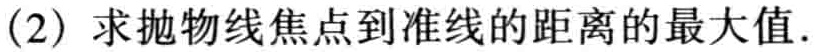
(2) 求抛物线焦点到准线的距离的最大值.